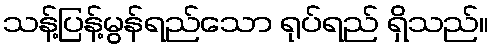
သန့်ပြန့်မွန်ရည်သော ရုပ်ရည် ရှိသည်။